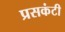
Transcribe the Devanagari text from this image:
प्रसकंटी